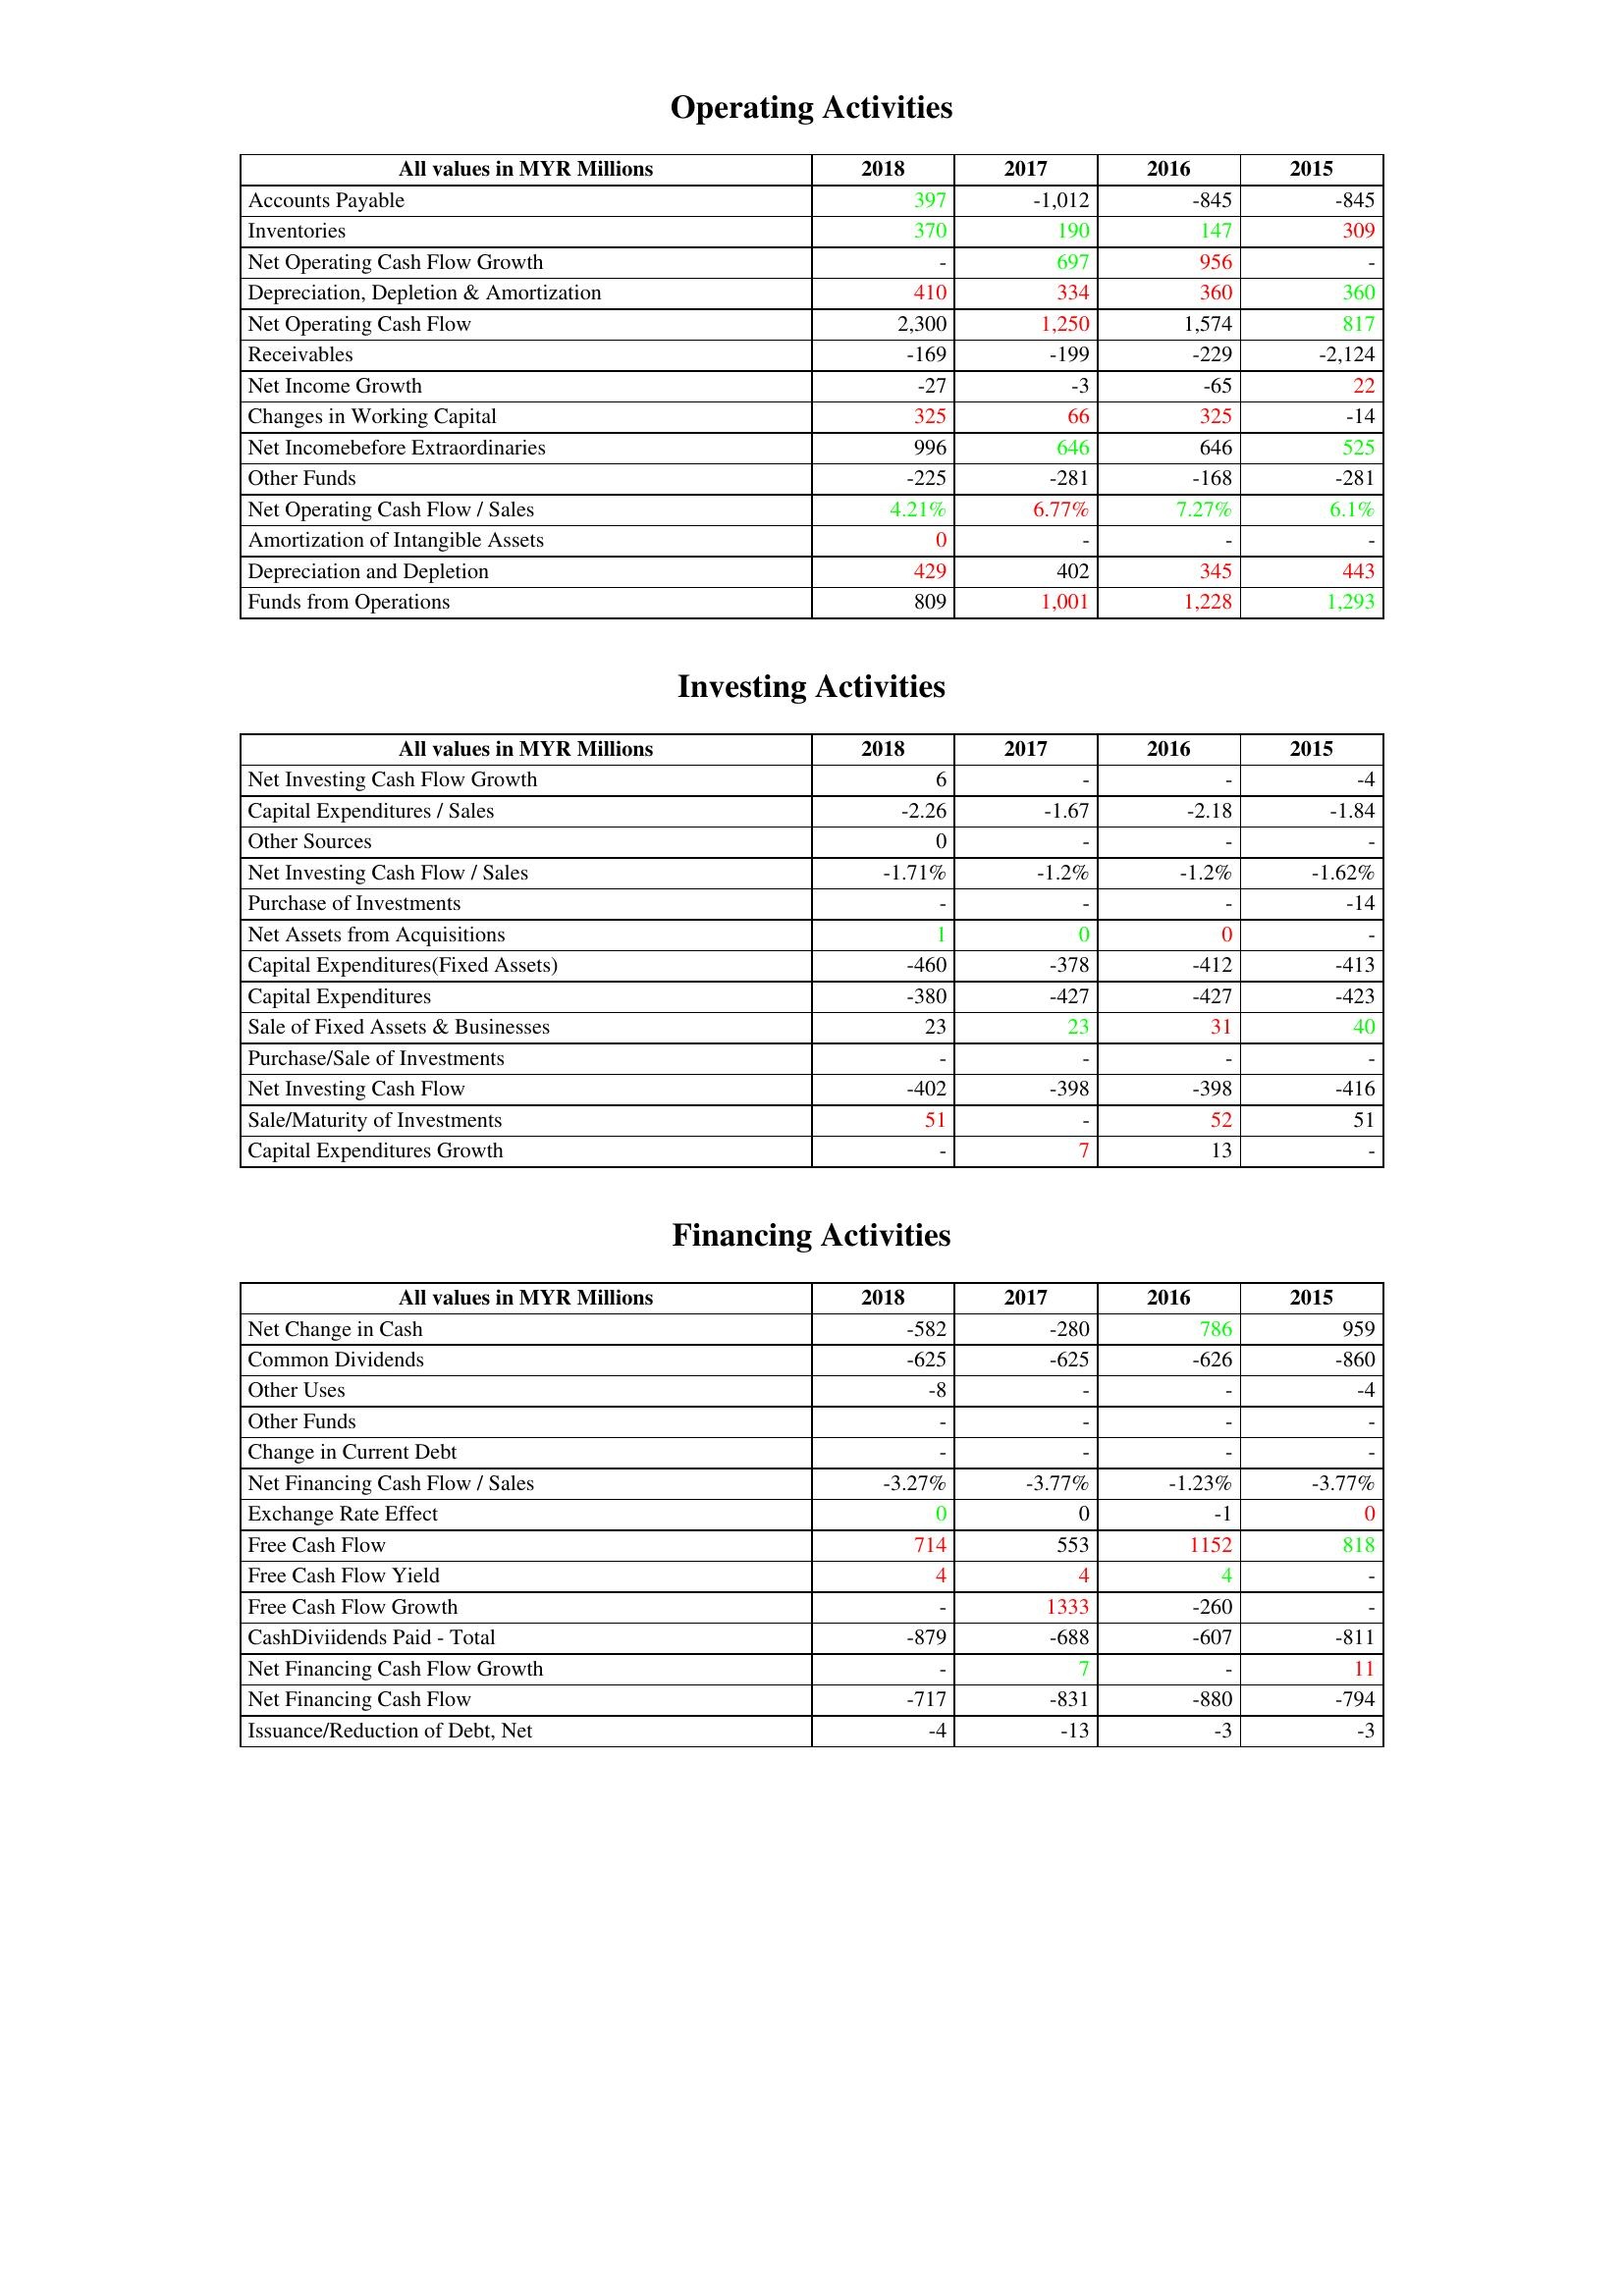
gt_parse: 2018: Operating Activities: Accounts Payable: 397
Inventories: 370
Net Operating Cash Flow Growth: -
Depreciation, Depletion & Amortization: 410
Net Operating Cash Flow: 2,300
Receivables: -169
Net Income Growth: -27
Changes in Working Capital: 325
Net Incomebefore Extraordinaries: 996
Other Funds: -225
Net Operating Cash Flow / Sales: 4.21%
Amortization of Intangible Assets: 0
Depreciation and Depletion: 429
Funds from Operations: 809
Investing Activities: Net Investing Cash Flow Growth: 6
Capital Expenditures / Sales: -2.26
Other Sources: 0
Net Investing Cash Flow / Sales: -1.71%
Purchase of Investments: -
Net Assets from Acquisitions: 1
Capital Expenditures(Fixed Assets): -460
Capital Expenditures: -380
Sale of Fixed Assets & Businesses: 23
Purchase/Sale of Investments: -
Net Investing Cash Flow: -402
Sale/Maturity of Investments: 51
Capital Expenditures Growth: -
Financing Activities: Net Change in Cash: -582
Common Dividends: -625
Other Uses: -8
Other Funds: -
Change in Current Debt: -
Net Financing Cash Flow / Sales: -3.27%
Exchange Rate Effect: 0
Free Cash Flow: 714
Free Cash Flow Yield: 4
Free Cash Flow Growth: -
CashDiviidends Paid - Total: -879
Net Financing Cash Flow Growth: -
Net Financing Cash Flow: -717
Issuance/Reduction of Debt, Net: -4
2017: Operating Activities: Accounts Payable: -1,012
Inventories: 190
Net Operating Cash Flow Growth: 697
Depreciation, Depletion & Amortization: 334
Net Operating Cash Flow: 1,250
Receivables: -199
Net Income Growth: -3
Changes in Working Capital: 66
Net Incomebefore Extraordinaries: 646
Other Funds: -281
Net Operating Cash Flow / Sales: 6.77%
Amortization of Intangible Assets: -
Depreciation and Depletion: 402
Funds from Operations: 1,001
Investing Activities: Net Investing Cash Flow Growth: -
Capital Expenditures / Sales: -1.67
Other Sources: -
Net Investing Cash Flow / Sales: -1.2%
Purchase of Investments: -
Net Assets from Acquisitions: 0
Capital Expenditures(Fixed Assets): -378
Capital Expenditures: -427
Sale of Fixed Assets & Businesses: 23
Purchase/Sale of Investments: -
Net Investing Cash Flow: -398
Sale/Maturity of Investments: -
Capital Expenditures Growth: 7
Financing Activities: Net Change in Cash: -280
Common Dividends: -625
Other Uses: -
Other Funds: -
Change in Current Debt: -
Net Financing Cash Flow / Sales: -3.77%
Exchange Rate Effect: 0
Free Cash Flow: 553
Free Cash Flow Yield: 4
Free Cash Flow Growth: 1333
CashDiviidends Paid - Total: -688
Net Financing Cash Flow Growth: 7
Net Financing Cash Flow: -831
Issuance/Reduction of Debt, Net: -13
2016: Operating Activities: Accounts Payable: -845
Inventories: 147
Net Operating Cash Flow Growth: 956
Depreciation, Depletion & Amortization: 360
Net Operating Cash Flow: 1,574
Receivables: -229
Net Income Growth: -65
Changes in Working Capital: 325
Net Incomebefore Extraordinaries: 646
Other Funds: -168
Net Operating Cash Flow / Sales: 7.27%
Amortization of Intangible Assets: -
Depreciation and Depletion: 345
Funds from Operations: 1,228
Investing Activities: Net Investing Cash Flow Growth: -
Capital Expenditures / Sales: -2.18
Other Sources: -
Net Investing Cash Flow / Sales: -1.2%
Purchase of Investments: -
Net Assets from Acquisitions: 0
Capital Expenditures(Fixed Assets): -412
Capital Expenditures: -427
Sale of Fixed Assets & Businesses: 31
Purchase/Sale of Investments: -
Net Investing Cash Flow: -398
Sale/Maturity of Investments: 52
Capital Expenditures Growth: 13
Financing Activities: Net Change in Cash: 786
Common Dividends: -626
Other Uses: -
Other Funds: -
Change in Current Debt: -
Net Financing Cash Flow / Sales: -1.23%
Exchange Rate Effect: -1
Free Cash Flow: 1152
Free Cash Flow Yield: 4
Free Cash Flow Growth: -260
CashDiviidends Paid - Total: -607
Net Financing Cash Flow Growth: -
Net Financing Cash Flow: -880
Issuance/Reduction of Debt, Net: -3
2015: Operating Activities: Accounts Payable: -845
Inventories: 309
Net Operating Cash Flow Growth: -
Depreciation, Depletion & Amortization: 360
Net Operating Cash Flow: 817
Receivables: -2,124
Net Income Growth: 22
Changes in Working Capital: -14
Net Incomebefore Extraordinaries: 525
Other Funds: -281
Net Operating Cash Flow / Sales: 6.1%
Amortization of Intangible Assets: -
Depreciation and Depletion: 443
Funds from Operations: 1,293
Investing Activities: Net Investing Cash Flow Growth: -4
Capital Expenditures / Sales: -1.84
Other Sources: -
Net Investing Cash Flow / Sales: -1.62%
Purchase of Investments: -14
Net Assets from Acquisitions: -
Capital Expenditures(Fixed Assets): -413
Capital Expenditures: -423
Sale of Fixed Assets & Businesses: 40
Purchase/Sale of Investments: -
Net Investing Cash Flow: -416
Sale/Maturity of Investments: 51
Capital Expenditures Growth: -
Financing Activities: Net Change in Cash: 959
Common Dividends: -860
Other Uses: -4
Other Funds: -
Change in Current Debt: -
Net Financing Cash Flow / Sales: -3.77%
Exchange Rate Effect: 0
Free Cash Flow: 818
Free Cash Flow Yield: -
Free Cash Flow Growth: -
CashDiviidends Paid - Total: -811
Net Financing Cash Flow Growth: 11
Net Financing Cash Flow: -794
Issuance/Reduction of Debt, Net: -3